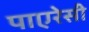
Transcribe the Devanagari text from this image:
पाएरेसी